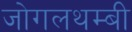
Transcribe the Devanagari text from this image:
जोगलथम्बी